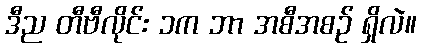
ဒီည တီဗီလိုင်း ၁က ဘာ အစီအစဉ် ရှိလဲ။